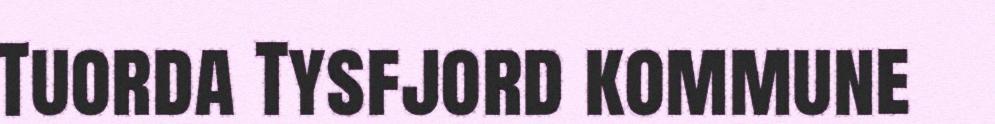
Tuorda Tysfjord kommune